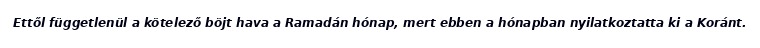
Ettől függetlenül a kötelező böjt hava a Ramadán hónap, mert ebben a hónapban nyilatkoztatta ki a Koránt.